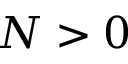
N > 0